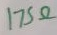
Text: 175Ω